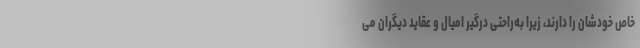
خاص خودشان را دارند، زیرا به‌راحتی درگیر امیال و عقاید دیگران می‌